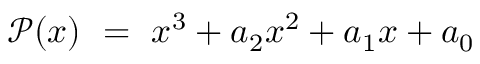
\mathcal { P } ( x ) ~ = ~ x ^ { 3 } + a _ { 2 } x ^ { 2 } + a _ { 1 } x + a _ { 0 }